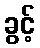
ခွင့်